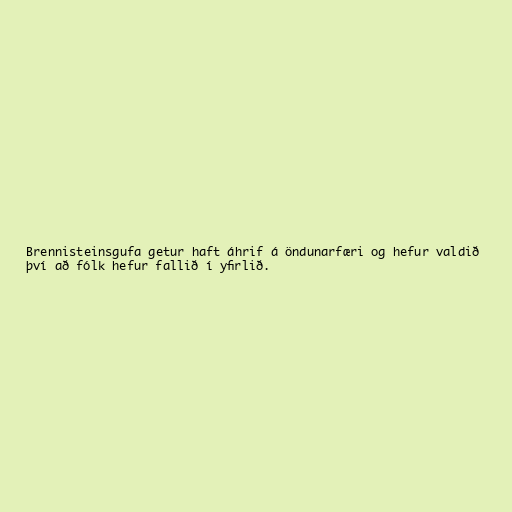
Brennisteinsgufa getur haft áhrif á öndunarfæri og hefur valdið
því að fólk hefur fallið í yfirlið.